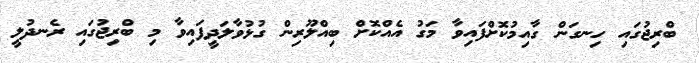
ބްރިޖުގައި ހިނގަން ގާއިމުކޮށްފައިވާ މަގު އެއްކޮށް ބިއްލޫރިން ގުޅުވާލަދީފައިވާ މި ބްރިޖުގައި ރެނދުލީ